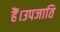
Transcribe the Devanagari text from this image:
हैं।उपजाति